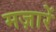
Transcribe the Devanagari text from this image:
मज़ारें